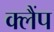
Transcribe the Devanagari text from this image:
क्‍लैंप